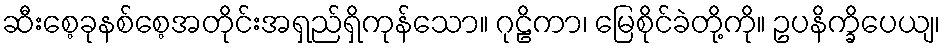
ဆီးစေ့ခုနစ်စေ့အတိုင်းအရှည်ရှိကုန်သော။ ဂုဠိကာ၊ မြေစိုင်ခဲတို့ကို။ ဥပနိက္ခိပေယျ၊